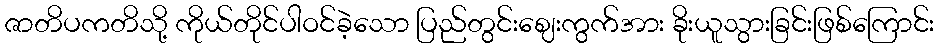
ဇာတိပကတိသို့ ကိုယ်တိုင်ပါဝင်ခဲ့သော ပြည်တွင်းဈေးကွက်အား ခိုးယူသွားခြင်းဖြစ်ကြောင်း